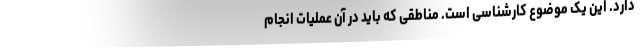
دارد. این یک موضوع کارشناسی است. مناطقی که باید در آن عملیات انجام